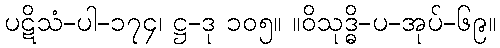
ပဋိသံ-ပါ-၁၇၄၊ ဋ္ဌ-ဒု ၁၀၅။ ။ဝိသုဒ္ဓိ-ပ-အုပ်-၆၉။